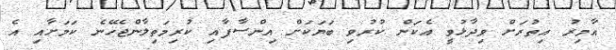
އާމިރު އިތުރަށް ވިދާޅުވީ އެކަން ކުރުވި ބަޔަކަށް އިންސާފާއި ކުރިމަތިލާންޖެހޭނެ ކަމަށާއި އެ